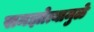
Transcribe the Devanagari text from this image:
समझोत्यामुळे